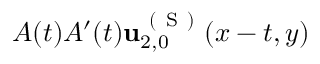
A ( t ) A ^ { \prime } ( t ) \mathbf { u } _ { 2 , 0 } ^ { \mathrm { ~ ( ~ S ~ ) ~ } } ( x - t , y )